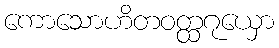
ကောသောဟိတဝတ္ထဂုယှော